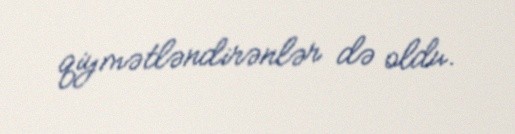
qiymətləndirənlər də oldu.